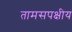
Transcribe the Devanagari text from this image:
तामसपक्षीय